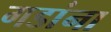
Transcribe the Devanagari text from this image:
गडांना